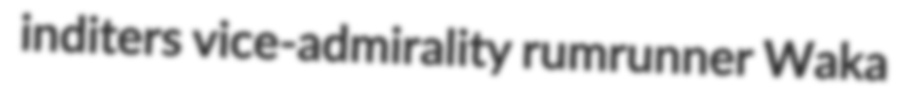
inditers vice-admirality rumrunner Waka